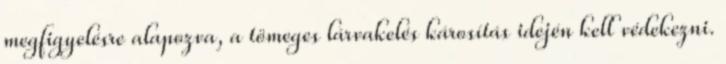
megfigyelésre alapozva, a tömeges lárvakelés károsítás idején kell védekezni.